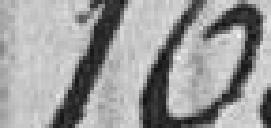
160